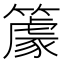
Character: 𥴧